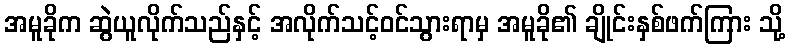
အမူခိုက ဆွဲယူလိုက်သည်နှင့် အလိုက်သင့်ဝင်သွားရာမှ အမူခို၏ ချိုင်းနှစ်ဖက်ကြား သို့